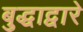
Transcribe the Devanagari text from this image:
बुद्धाद्वारे